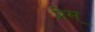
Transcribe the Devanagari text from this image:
प्रेम्